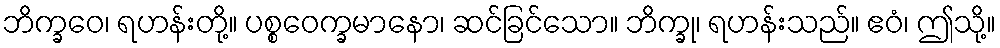
ဘိက္ခဝေ၊ ရဟန်းတို့။ ပစ္စဝေက္ခမာနော၊ ဆင်ခြင်သော။ ဘိက္ခု၊ ရဟန်းသည်။ ဧဝံ၊ ဤသို့။